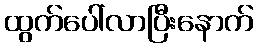
ထွက်ပေါ်လာပြီးနောက်